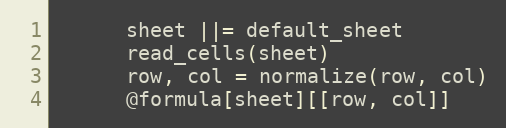
Language: Ruby
      sheet ||= default_sheet
      read_cells(sheet)
      row, col = normalize(row, col)
      @formula[sheet][[row, col]]